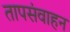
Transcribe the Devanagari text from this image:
तापसंवाहन